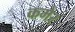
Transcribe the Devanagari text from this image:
कमेर